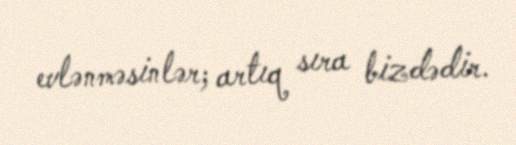
evlənməsinlər; artıq sıra bizdədir.